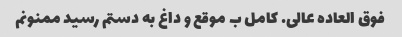
فوق العاده عالی. کامل ب موقع و داغ به دستم رسید ممنونم